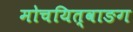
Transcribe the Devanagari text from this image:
मोचयित्वाङग